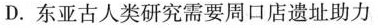
D. 东亚古人类研究需要周口店遗址助力